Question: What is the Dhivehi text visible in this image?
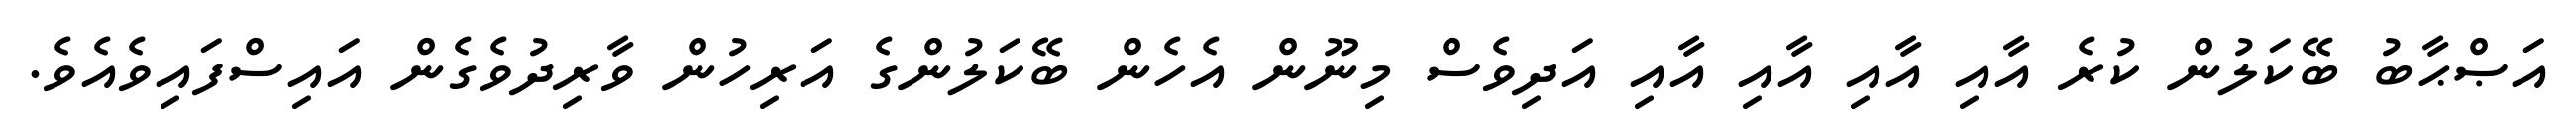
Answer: އަޞްޙާބު ބޭކަލުން ކުރެ އާއި އާއި އާއި އާއި އަދިވެސް މިނޫން އެހެން ބޭކަލުންގެ އަރިހުން ވާރިދުވެގެން އައިސްފައިވެއެވެ.